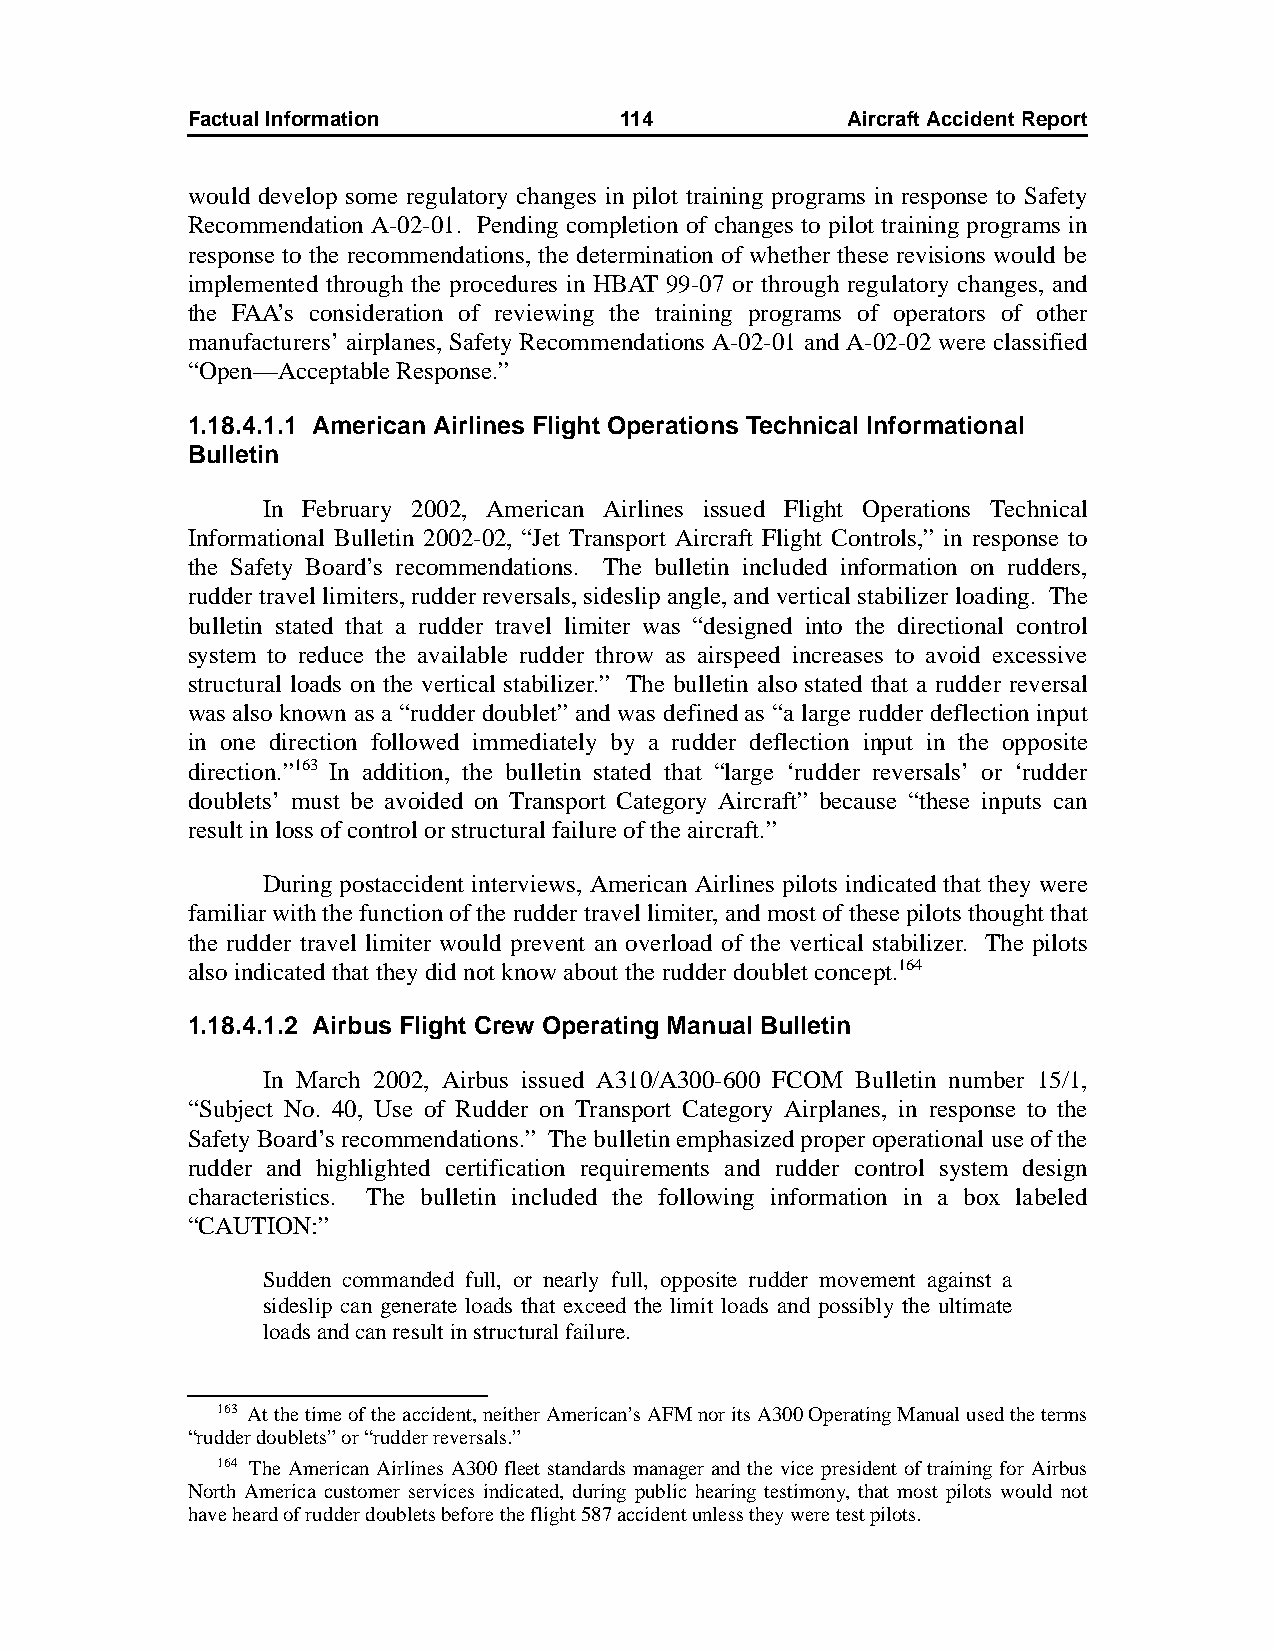
Factual Information          114            AircraftAccidentReport
 would develop some regulatory changes in pilot training programs in response to Safety
 Recommendation A-02-01. Pending completion of changes to pilot training programs in
 response to the recommendations, the determination of whether these revisions would be
 implemented through the procedures in HBAT 99-07 or through regulatory changes, and
 the FAA’s consideration of reviewing the training programs of operators of other
 manufacturers’ airplanes, Safety Recommendations A-02-01 and A-02-02 were classified
 “Open—Acceptable Response.”
 1.18.4.1.1 American Airlines Flight Operations Technical Informational
 Bulletin
 In February 2002, American Airlines issued Flight Operations Technical
 Informational Bulletin 2002-02, “Jet Transport Aircraft Flight Controls,” in response to
 the Safety Board’s recommendations. The bulletin included information on rudders,
 rudder travel limiters, rudder reversals, sideslip angle, and vertical stabilizer loading. The
 bulletin stated that a rudder travel limiter was “designed into the directional control
 system to reduce the available rudder throw as airspeed increases to avoid excessive
 structural loads on the vertical stabilizer.” The bulletin also stated that a rudder reversal
 was also known as a “rudder doublet” and was defined as “a large rudder deflection input
 in one direction followed immediately by a rudder deflection input in the opposite
 direction.”163 In addition, the bulletin stated that “large ‘rudder reversals’ or ‘rudder
 doublets’ must be avoided on Transport Category Aircraft” because “these inputs can
 result in loss of control or structural failure of the aircraft.”
 During postaccident interviews, American Airlines pilots indicated that they were
 familiar with the function of the rudder travel limiter, and most of these pilots thought that
 the rudder travel limiter would prevent an overload of the vertical stabilizer. The pilots
 also indicated that they did not know about the rudder doublet concept.164
 1.18.4.1.2 Airbus Flight Crew Operating Manual Bulletin
 In March 2002, Airbus issued A310/A300-600 FCOM Bulletin number 15/1,
 “Subject No. 40, Use of Rudder on Transport Category Airplanes, in response to the
 Safety Board’s recommendations.” The bulletin emphasized proper operational use of the
 rudder and highlighted certification requirements and rudder control system design
 characteristics. The bulletin included the following information in a box labeled
 “CAUTION:”
 Sudden commanded full, or nearly full, opposite rudder movement against a
 sideslip can generate loads that exceed the limit loads and possibly the ultimate
 loads and can result in structural failure.
 163 At the time of the accident, neither American’s AFM nor its A300 Operating Manual used the terms
 “rudder doublets” or “rudder reversals.”
 164 The American Airlines A300 fleet standards manager and the vice president of training for Airbus
 North America customer services indicated, during public hearing testimony, that most pilots would not
 have heard of rudder doublets before the flight 587 accident unless they were test pilots.